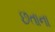
છતાના